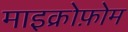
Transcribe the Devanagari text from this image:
माइक्रोफ़ोम